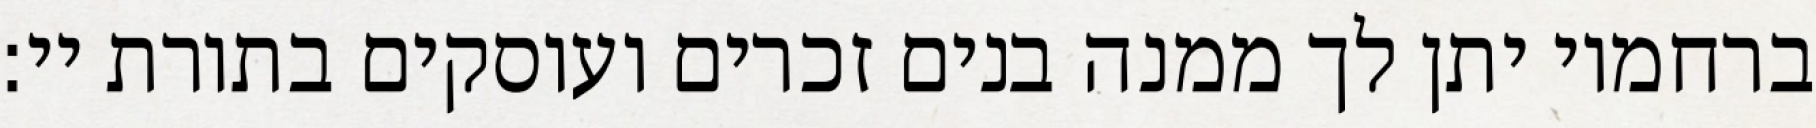
ברחמיו יתן לך ממנה בנים זכרים ועוסקים בתורת יי: